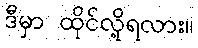
ဒီမှာ ထိုင်လို့ရလား။